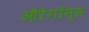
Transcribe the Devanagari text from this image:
ऑरेगॉन्स